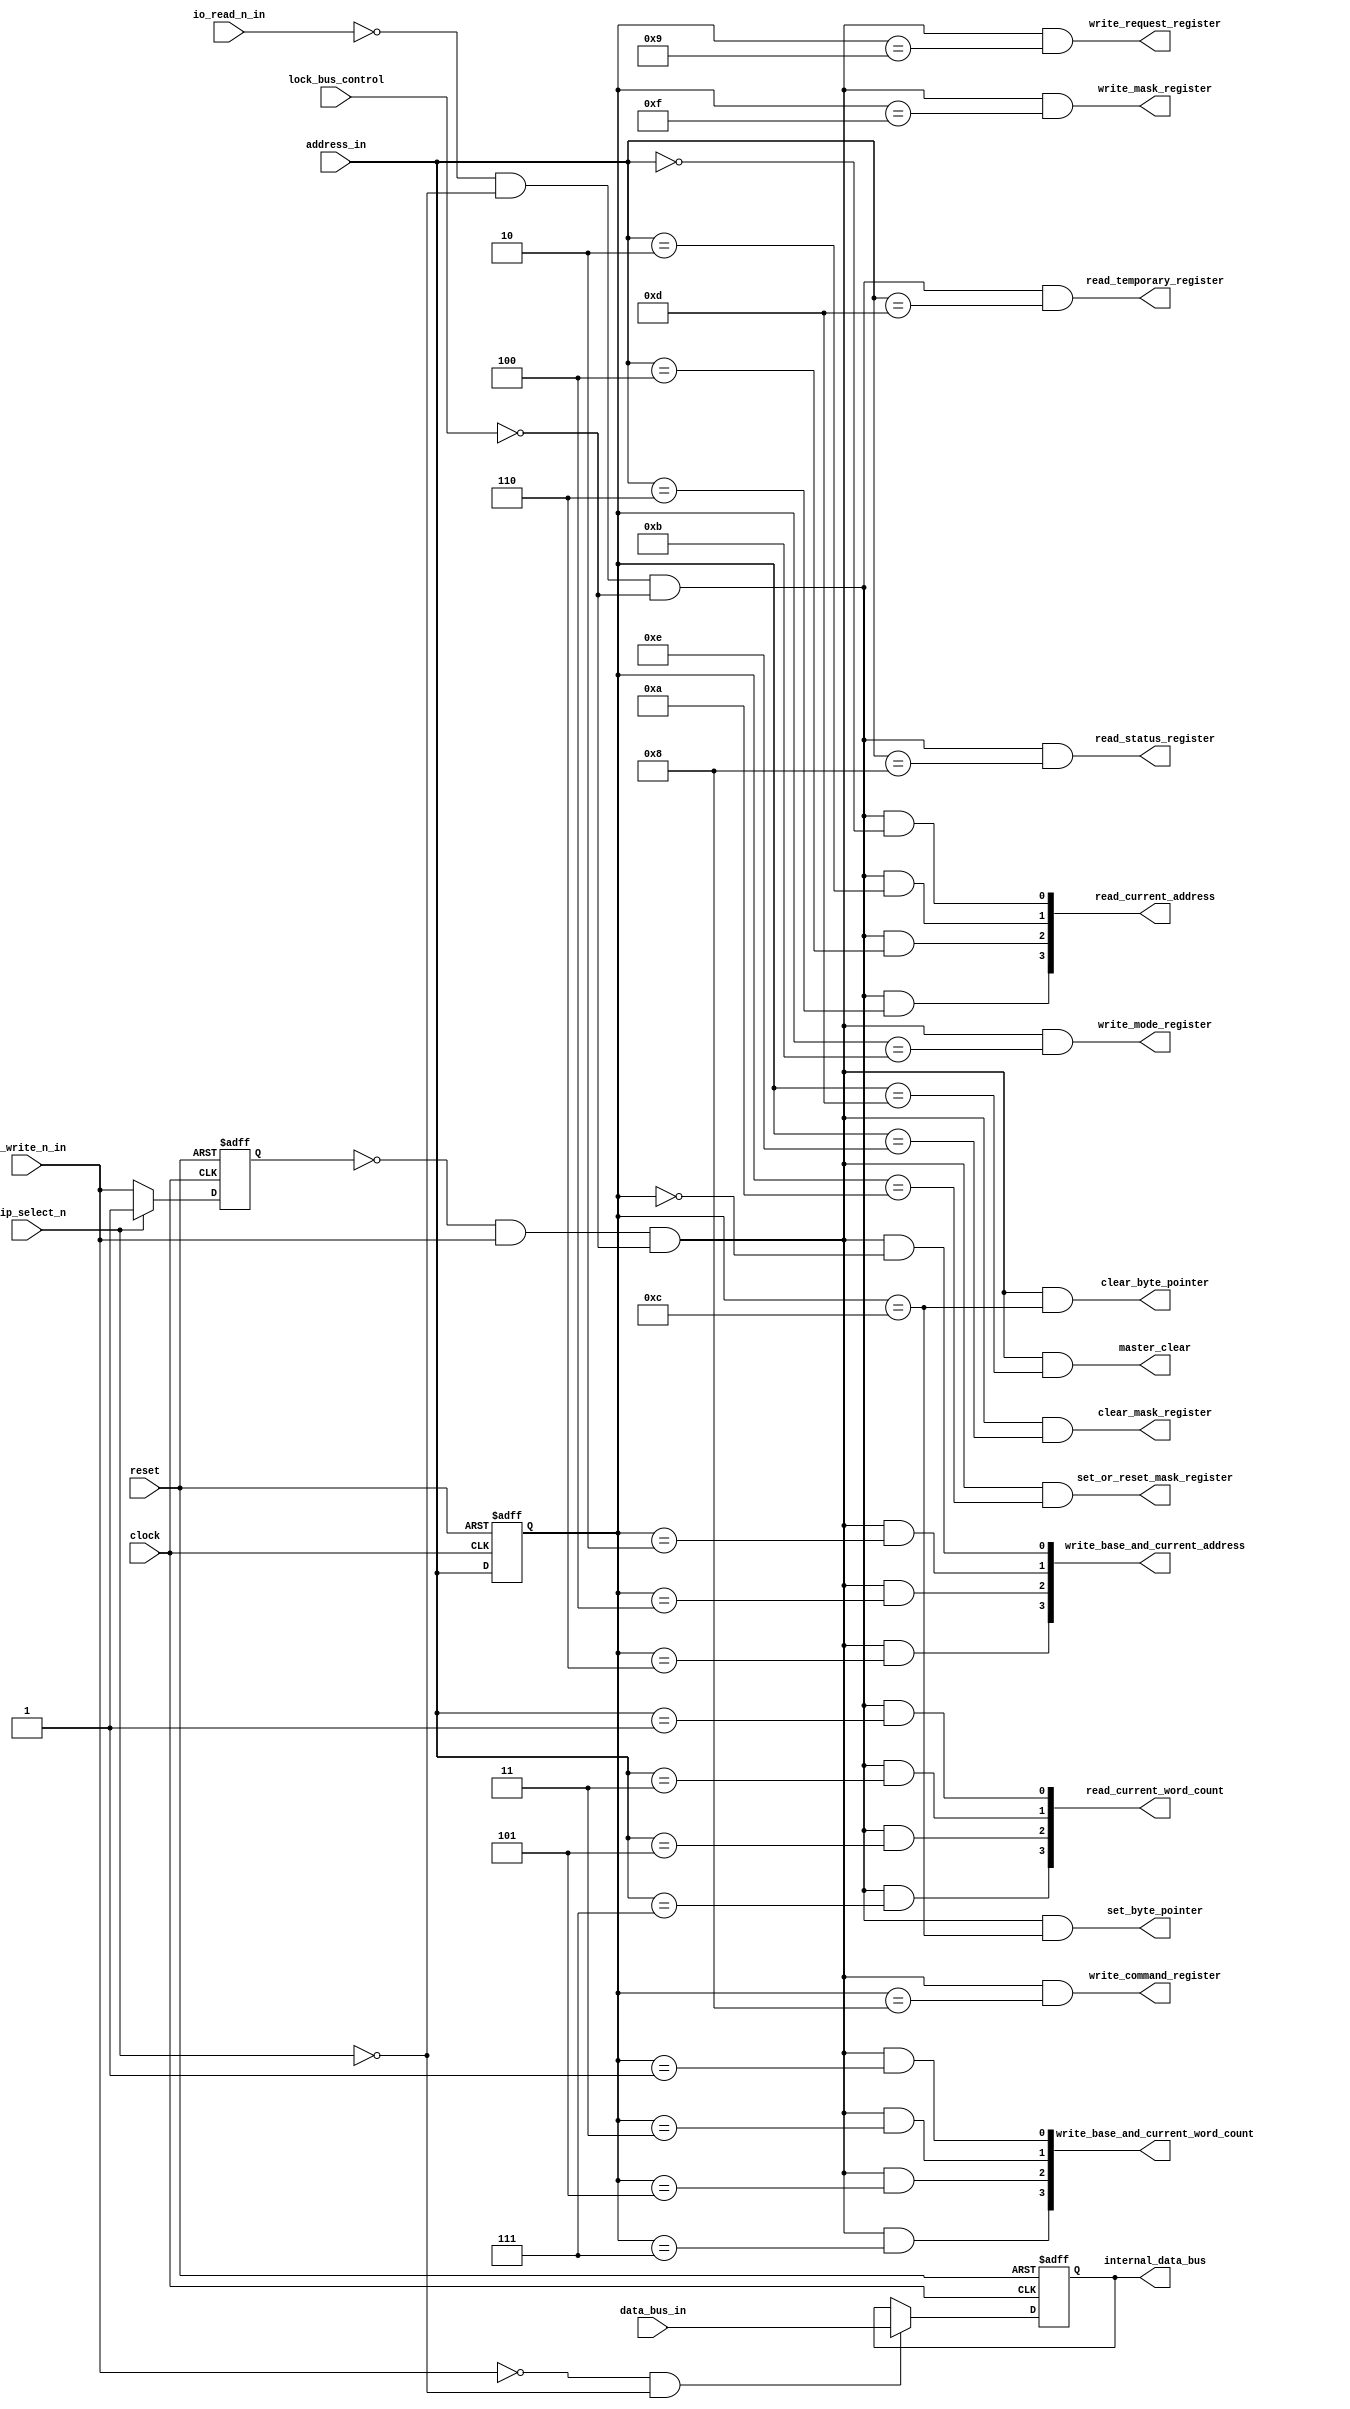
`default_nettype none

module KF8237_Bus_Control_Logic (
	input		wire					clock,
	input		wire					reset,
	input		wire					chip_select_n,
	input		wire					io_read_n_in,
	input		wire					io_write_n_in,
	input		wire	[3:0]			address_in,
	input		wire	[7:0]			data_bus_in,
	input		wire					lock_bus_control,
	output	reg	[7:0]			internal_data_bus,
	output	wire					write_command_register,
	output	wire					write_mode_register,
	output	wire					write_request_register,
	output	wire					set_or_reset_mask_register,
	output	wire					write_mask_register,
	output	wire	[3:0]			write_base_and_current_address,
	output	wire	[3:0]			write_base_and_current_word_count,
	output	wire					clear_byte_pointer,
	output	wire					set_byte_pointer,
	output	wire					master_clear,
	output	wire					clear_mask_register,
	output	wire					read_temporary_register,
	output	wire					read_status_register,
	output	wire	[3:0]			read_current_address,
	output	wire	[3:0]			read_current_word_count
	);

	reg prev_write_enable_n;
	wire write_flag;
	reg [3:0] stable_address;
	wire read_flag;
	always @(posedge clock or posedge reset)
		if (reset)
			internal_data_bus <= 8'b00000000;
		else if (~io_write_n_in & ~chip_select_n)
			internal_data_bus <= data_bus_in;
		else
			internal_data_bus <= internal_data_bus;
	always @(posedge clock or posedge reset)
		if (reset)
			prev_write_enable_n <= 1'b1;
		else if (chip_select_n)
			prev_write_enable_n <= 1'b1;
		else
			prev_write_enable_n <= io_write_n_in;
	assign write_flag = (~prev_write_enable_n & io_write_n_in) & ~lock_bus_control;
	always @(posedge clock or posedge reset)
		if (reset)
			stable_address <= 4'b0000;
		else
			stable_address <= address_in;
	assign write_command_register = write_flag & (stable_address == 4'b1000);
	assign write_mode_register = write_flag & (stable_address == 4'b1011);
	assign write_request_register = write_flag & (stable_address == 4'b1001);
	assign set_or_reset_mask_register = write_flag & (stable_address == 4'b1010);
	assign write_mask_register = write_flag & (stable_address == 4'b1111);
	assign write_base_and_current_address[0] = write_flag & (stable_address == 4'b0000);
	assign write_base_and_current_address[1] = write_flag & (stable_address == 4'b0010);
	assign write_base_and_current_address[2] = write_flag & (stable_address == 4'b0100);
	assign write_base_and_current_address[3] = write_flag & (stable_address == 4'b0110);
	assign write_base_and_current_word_count[0] = write_flag & (stable_address == 4'b0001);
	assign write_base_and_current_word_count[1] = write_flag & (stable_address == 4'b0011);
	assign write_base_and_current_word_count[2] = write_flag & (stable_address == 4'b0101);
	assign write_base_and_current_word_count[3] = write_flag & (stable_address == 4'b0111);
	assign clear_byte_pointer = write_flag & (stable_address == 4'b1100);
	assign set_byte_pointer = read_flag & (stable_address == 4'b1100);
	assign master_clear = write_flag & (stable_address == 4'b1101);
	assign clear_mask_register = write_flag & (stable_address == 4'b1110);
	assign read_flag = (~io_read_n_in & ~chip_select_n) & ~lock_bus_control;
	assign read_temporary_register = read_flag & (address_in == 4'b1101);
	assign read_status_register = read_flag & (address_in == 4'b1000);
	assign read_current_address[0] = read_flag & (address_in == 4'b0000);
	assign read_current_address[1] = read_flag & (address_in == 4'b0010);
	assign read_current_address[2] = read_flag & (address_in == 4'b0100);
	assign read_current_address[3] = read_flag & (address_in == 4'b0110);
	assign read_current_word_count[0] = read_flag & (address_in == 4'b0001);
	assign read_current_word_count[1] = read_flag & (address_in == 4'b0011);
	assign read_current_word_count[2] = read_flag & (address_in == 4'b0101);
	assign read_current_word_count[3] = read_flag & (address_in == 4'b0111);
endmodule